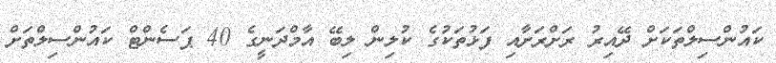
ކައުންސިލްތަކަށް ދޭއިރު ރަށްރަށާއި ފަޅުތަކުގެ ކުލިން ލިބޭ އާމްދަނީގެ 40 ޕަސެންޓް ކައުންސިލްތަށް